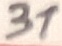
Text: 31